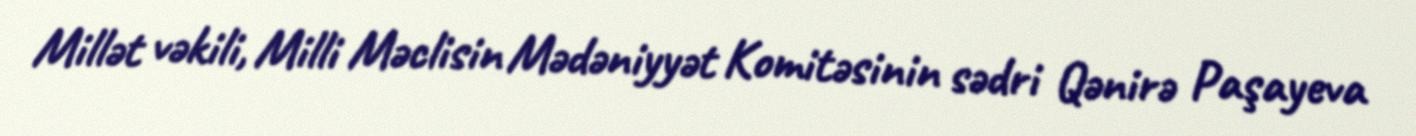
Millət vəkili, Milli Məclisin Mədəniyyət Komitəsinin sədri Qənirə Paşayeva